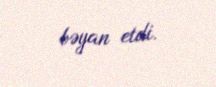
bəyan etdi.